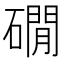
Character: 礀